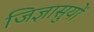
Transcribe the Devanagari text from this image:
जिज्ञासुयों